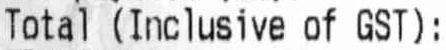
TOTAL (INCLUSIVE OF GST):